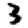
Digit: 3